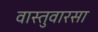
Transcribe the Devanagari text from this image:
वास्तुवारसा